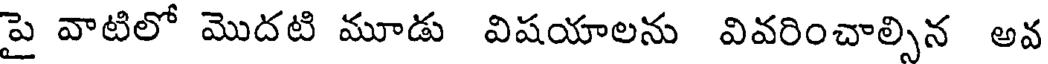
పై వాటిలో మొదటి మూడు విషయాలను వివరించాల్సిన అవ